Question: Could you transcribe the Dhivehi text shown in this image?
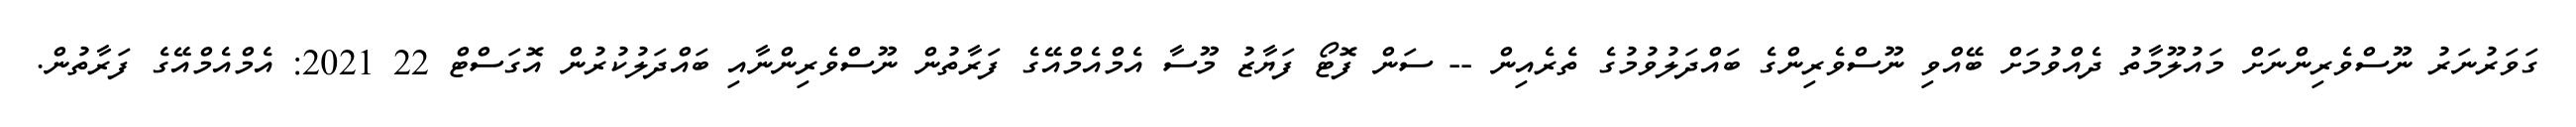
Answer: ގަވަރުނަރު ނޫސްވެރިންނަށް މައުލޫމާތު ދެއްވުމަށް ބޭއްވި ނޫސްވެރިންގެ ބައްދަލުވުމުގެ ތެރެއިން -- ސަން ފޮޓޯ ފަޔާޒު މޫސާ އެމްއެމްއޭގެ ފަރާތުން ނޫސްވެރިންނާއި ބައްދަލުކުރުން އޮގަސްޓް 22 2021: އެމްއެމްއޭގެ ފަރާތުން.